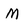
Character: M